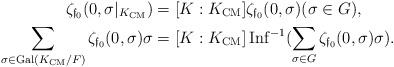
\begin{align*} \zeta_{\mathfrak f_0}(0,\sigma|_{K_{\mathrm{CM}}})&=[K:K_{\mathrm{CM}}]\zeta_{\mathfrak f_0}(0,\sigma) (\sigma \in G),\\\sum_{\sigma \in \mathrm{Gal}(K_{\mathrm{CM}}/F)}\zeta_{\mathfrak f_0}(0,\sigma)\sigma&=[K:K_{\mathrm{CM}}]\,\mathrm{Inf}^{-1}(\sum_{\sigma \in G}\zeta_{\mathfrak f_0}(0,\sigma)\sigma).\end{align*}